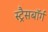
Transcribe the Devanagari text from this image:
स्ट्रैसबॉर्ग